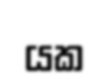
යක